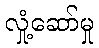
လှုံ့ဆော်မှု